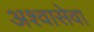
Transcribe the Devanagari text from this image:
अश्वासेवा